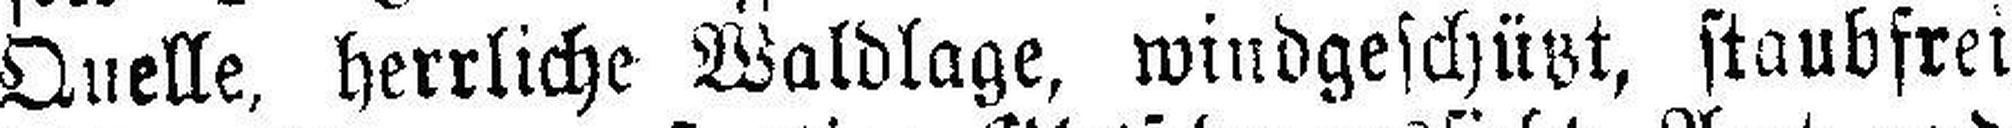
Quelle, herrliche Waldlage, windgeschützt, staubfrei